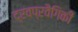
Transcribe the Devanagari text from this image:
द्रवप्रवैगिकी